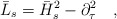
\begin{align*}\bar{L}_s=\bar{H}_s^2-\partial^2_\tau~~~,\end{align*}